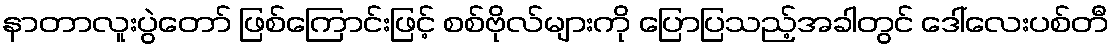
နာတာလူးပွဲတော် ဖြစ်ကြောင်းဖြင့် စစ်ဗိုလ်များကို ပြောပြသည့်အခါတွင် ဒေါ်လေးပစ်တီ